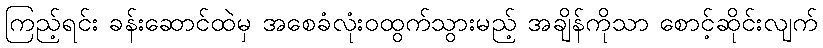
ကြည့်ရင်း ခန်းဆောင်ထဲမှ အစေခံလုံးဝထွက်သွားမည့် အချိန်ကိုသာ စောင့်ဆိုင်းလျက်